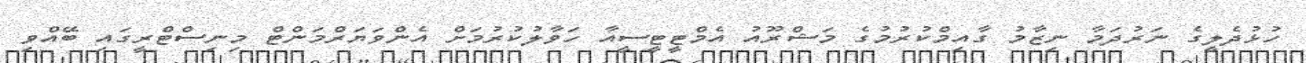
ހުޅުދެލީގެ ނަރުދަމާ ނިޒާމު ގާއިމްކުރުމުގެ މަޝްރޫއު އެމްޓީޓީސީއާ ހަވާލުކުރުމަށް އެންވަޔަރްމަންޓް މިނިސްޓްރީގައި ބޭއްވި